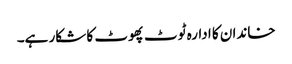
خاندان کا ادارہ ٹوٹ پھوٹ کا شکار ہے۔